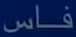
فاس